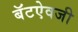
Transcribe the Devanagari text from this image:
बॅटऐवजी